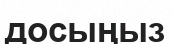
досыңыз